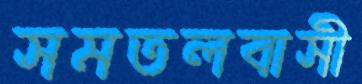
সমতলবাসী